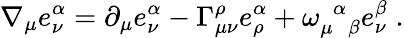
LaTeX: \nabla_{\mu}e_{\nu}^{\alpha}=\partial_{\mu}e_{\nu}^{\alpha}-\Gamma_{\mu\nu}^{\rho}e_{\rho}^{\alpha}+\omega_{\mu\; \; \beta}^{\; \, \alpha}e_{\nu}^{\beta}\; .